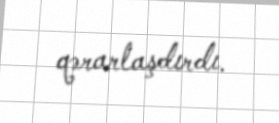
qərarlaşdırdı.